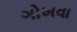
ગોખવા